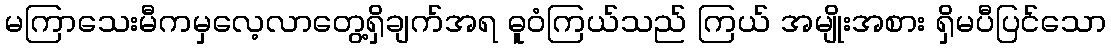
မကြာသေးမီကမှလေ့လာတွေ့ရှိချက်အရ ဓူဝံကြယ်သည် ကြယ် အမျိုးအစား ရှိမပီပြင်သော